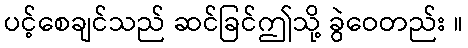
ပင့်စေချင်သည် ဆင်ခြင်ဤသို့ ခွဲဝေတည်း ။